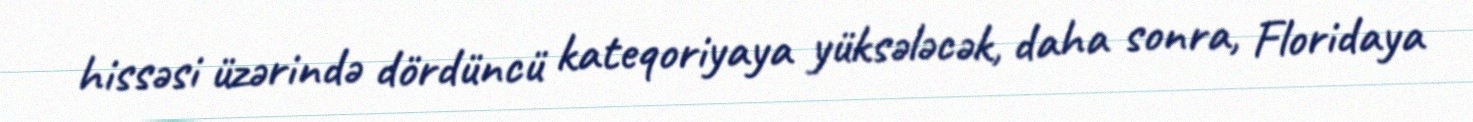
hissəsi üzərində dördüncü kateqoriyaya yüksələcək, daha sonra, Floridaya